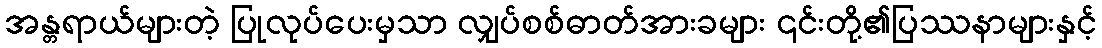
အန္တရာယ်များတဲ့ ပြုလုပ်ပေးမှသာ လျှပ်စစ်ဓာတ်အားခများ ၎င်းတို့၏ပြဿနာများနှင့်